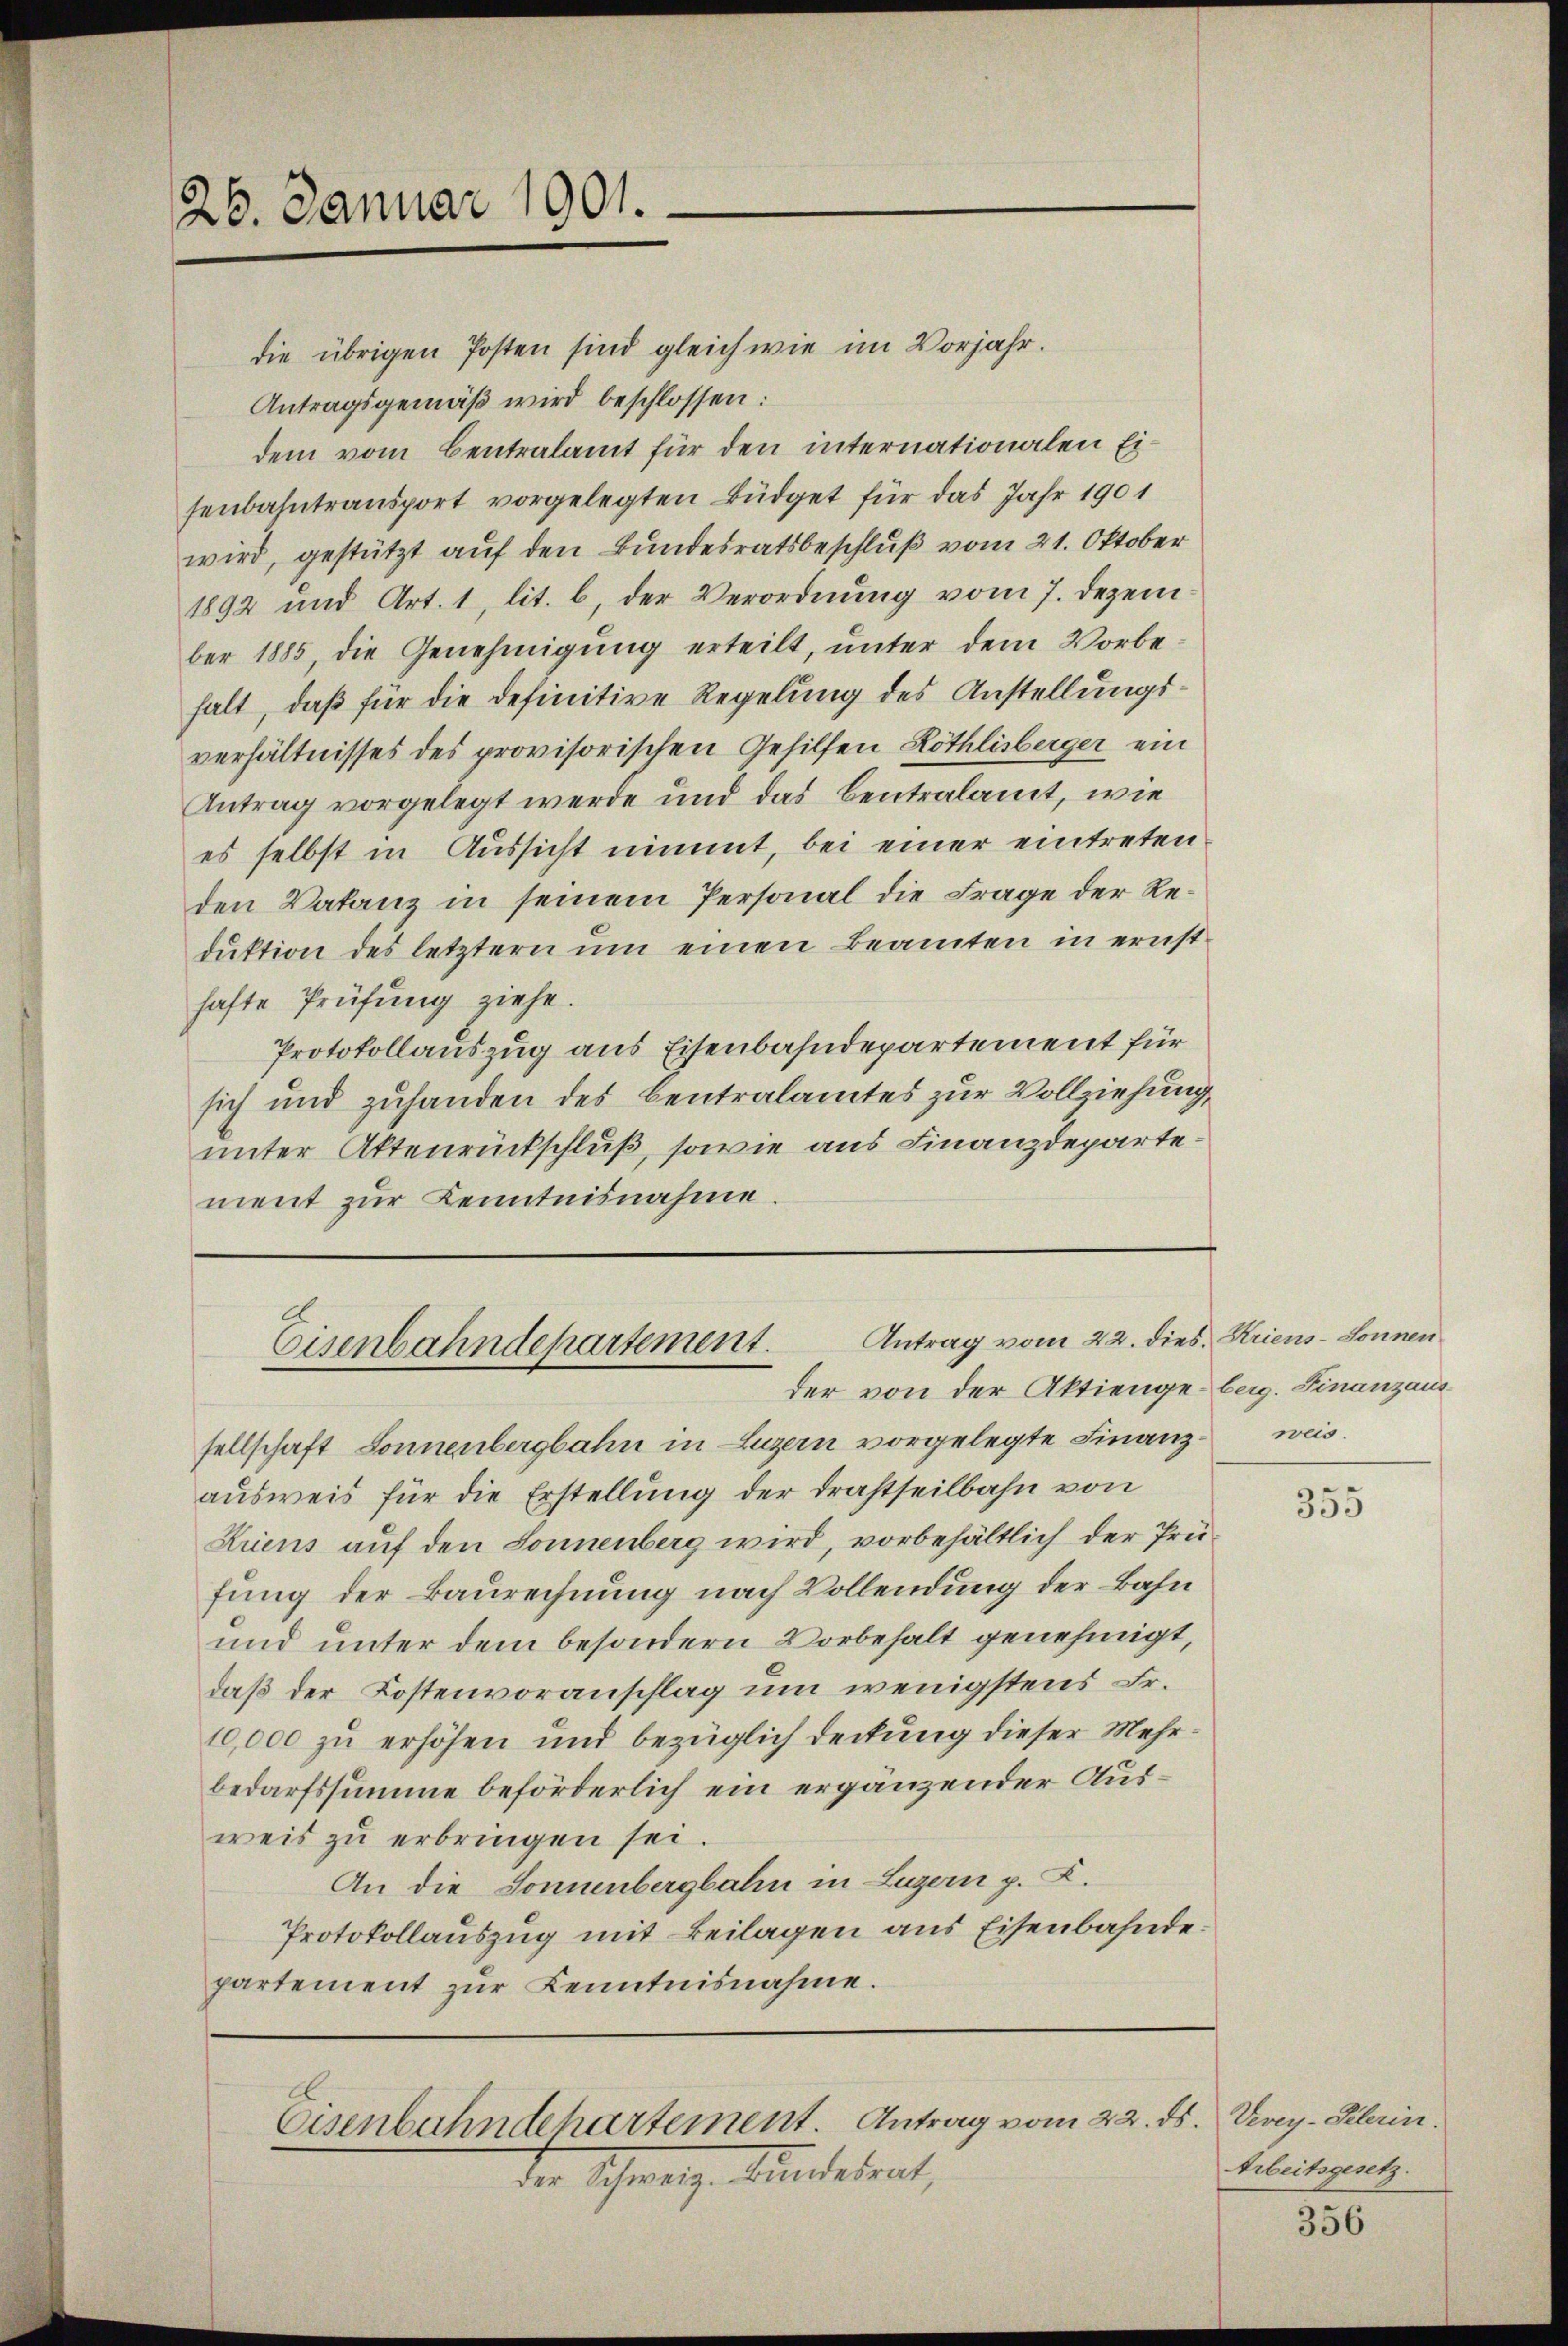
26. Januar 1901.

die übrigen Posten sind gleich wie im Vorjahr.
Antragsgemäß wird beschlossen:
dem vom Centralamt für den internationalen Eisenbahntransport vorgelegten Büdget für das Jahr 1901
wird, gestützt auf den Bundesratsbeschluß vom 21. Oktober
1892 und Art. 1, lit. b, der Verordnung vom 7. Dezem
ber 1885, die Genehmigung erteilt, unter dem Vorbehalt, daß für die definitive Regelung des Anstellungsverhältnisses des provisorischen Gehilfen Röthlisberger ein
Antrag vorgelegt werde und das Centralamt, wie
es selbst in Aussicht nimmt, bei einer eintreten
den Vatanz in seinem Personal die Frage der Redŭktion des letztern ŭm einen Beamten in ernsthafte Prüfung ziehe.
Protokollauszug aus Eisenbahndepartement für
sich und zuhanden des Centralamtes zur Vollziehung,
unter Aktenrückschluß, sowie aus Finanzdeparte.
ment zur Kenntnisnahme.

Antrag vom 22. dies. Kriens-Sonnen
Eisenbahndepartement.
der von der Aktienge berg. Finanzaus¬

sellschaft Sonnenbergbahn in Luzern vorgelegte Finanzausweis für die Erstellung der drastheilbahn von
Krens auf den Sonnenberg wird, vorbehältlich der Prüfung der Baurechnung nach Vollendung der Bahn
und unter dem besondern Vorbehalt genehmigt,
daß der Kostenvoranschlag um wenigstens Fr.
10,000 zu erhöhen und bezüglich deckung dieser Mehrbedarfssumme beförderlich ein ergänzender Ausweis zu erbringen sei.
An die Sonnenbergbahn in Luzern p. C.
Protokollauszug mit Beilagen aus Eisenbahndepartement zur Kenntnisnahme.

Eisenbahndehartement. Antrag vom 22. ds. Vevey-Pelerin.

der Schweiz. Bundesrat,

weis.

355

Arbeitsgesetz.

356